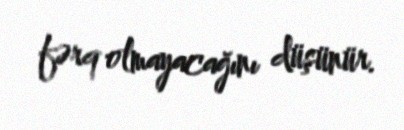
fərq olmayacağını düşünür.